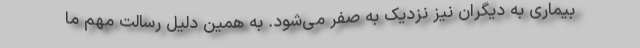
بیماری به دیگران نیز نزدیک به صفر می‌شود. به همین دلیل رسالت مهم ما